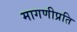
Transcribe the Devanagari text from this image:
मागणीप्रति